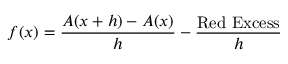
f ( x ) = { \frac { A ( x + h ) - A ( x ) } { h } } - { \frac { \mathrm { R e d ~ E x c e s s } } { h } }